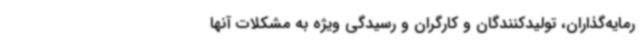
رمایه‌گذاران، تولیدکنندگان و کارگران و رسیدگی ویژه به مشکلات آنها